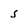
Character: 5